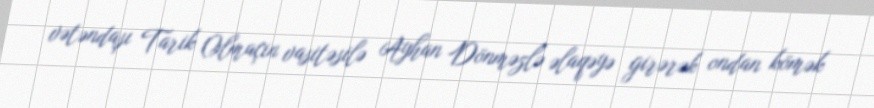
vətəndaşı Tarik Olmaçin vasitəsilə Ayhan Dönməzlə əlaqəyə girərək ondan kömək